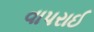
વાપરાઈ